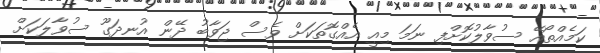
ކަމެއްތޯއޭ ސުވާލުކޮށްފި ނަމަ މިއީ އެއްގޮތަކަށް ވެސް ޖަވާބު ދޭން އުނދަގޫ ސުވާލަކަށް